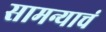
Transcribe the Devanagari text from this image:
सामन्याचं